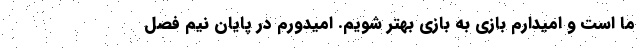
ما است و امیدارم بازی به بازی بهتر شویم. امیدورم در پایان نیم فصل